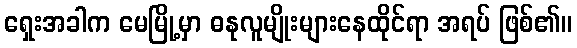
ရှေးအခါက မေမြို့မှာ ဓနုလူမျိုးများနေထိုင်ရာ အရပ် ဖြစ်၏။